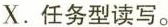
X.任务型读写.